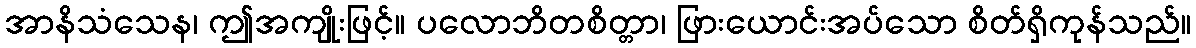
အာနိသံသေန၊ ဤအကျိုးဖြင့်။ ပလောဘိတစိတ္တာ၊ ဖြားယောင်းအပ်သော စိတ်ရှိကုန်သည်။